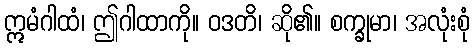
ဣမံဂါထံ၊ ဤဂါထာကို။ ဝဒတိ၊ ဆို၏။ စက္ခုမာ၊ အလုံးစုံ